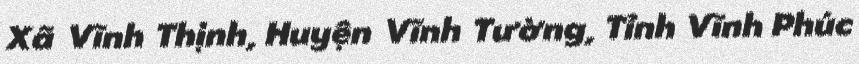
Xã Vĩnh Thịnh, Huyện Vĩnh Tường, Tỉnh Vĩnh Phúc